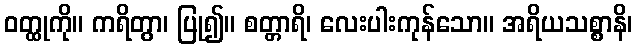
ဝတ္ထုကို။ ကရိတွာ၊ ပြု၍။ စတ္တာရိ၊ လေးပါးကုန်သော။ အရိယသစ္စာနိ၊